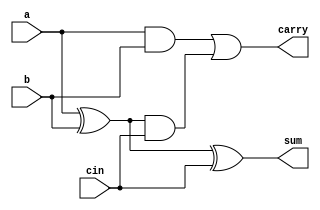
// Design a 8-bit ripple carry adder.

module full_adder(output sum, carry,
                  input a,b,cin);
wire pre_s, pre_c_0, pre_c_1;

xor (pre_s, a ,b);
and (pre_c_0, a, b);
xor (sum, pre_s, cin);
and (pre_c_1, pre_s, cin);
or (carry, pre_c_0, pre_c_1);
endmodule

module adder_8(output [7:0]sum,
               output carry,
               input [7:0] a,b,
               input cin);

wire [6:0] temp_carry;

full_adder f0(sum[0],temp_carry[0],a[0],b[0],cin);
full_adder f2(sum[1],temp_carry[1],a[1],b[1],temp_carry[0]);
full_adder f3(sum[2],temp_carry[2],a[2],b[2],temp_carry[1]);
full_adder f4(sum[3],temp_carry[3],a[3],b[3],temp_carry[2]);
full_adder f5(sum[4],temp_carry[4],a[4],b[4],temp_carry[3]);
full_adder f1(sum[5],temp_carry[5],a[5],b[5],temp_carry[4]);
full_adder f6(sum[6],temp_carry[6],a[6],b[6],temp_carry[5]);
full_adder f7(sum[7],carry,a[7],b[7],temp_carry[6]);
endmodule